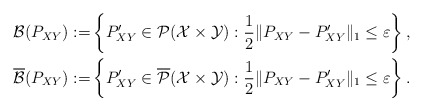
\begin{align*}{\cal B}(P_{XY}) :=& \left\{ P^\prime_{XY} \in {\cal P}({\cal X} \times {\cal Y}) : \frac{1}{2} \| P_{XY} - P^\prime_{XY} \|_1 \le \varepsilon \right\}, \\\overline{{\cal B}}(P_{XY}) :=& \left\{ P^\prime_{XY} \in \overline{{\cal P}}({\cal X} \times {\cal Y}) : \frac{1}{2} \| P_{XY} - P^\prime_{XY} \|_1 \le \varepsilon \right\}.\end{align*}